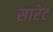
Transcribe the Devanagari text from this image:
सारेट